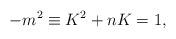
LaTeX: \begin{align*}-m^{2}\equiv K^{2}+nK=1,\end{align*}